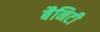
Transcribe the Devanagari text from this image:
बैनिटी